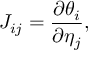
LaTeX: J _ { i j } = { \frac { \partial \theta _ { i } } { \partial \eta _ { j } } } ,